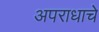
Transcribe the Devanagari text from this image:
अपराधाचे